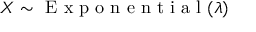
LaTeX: X \sim { \textrm { E x p o n e n t i a l } } ( \lambda )